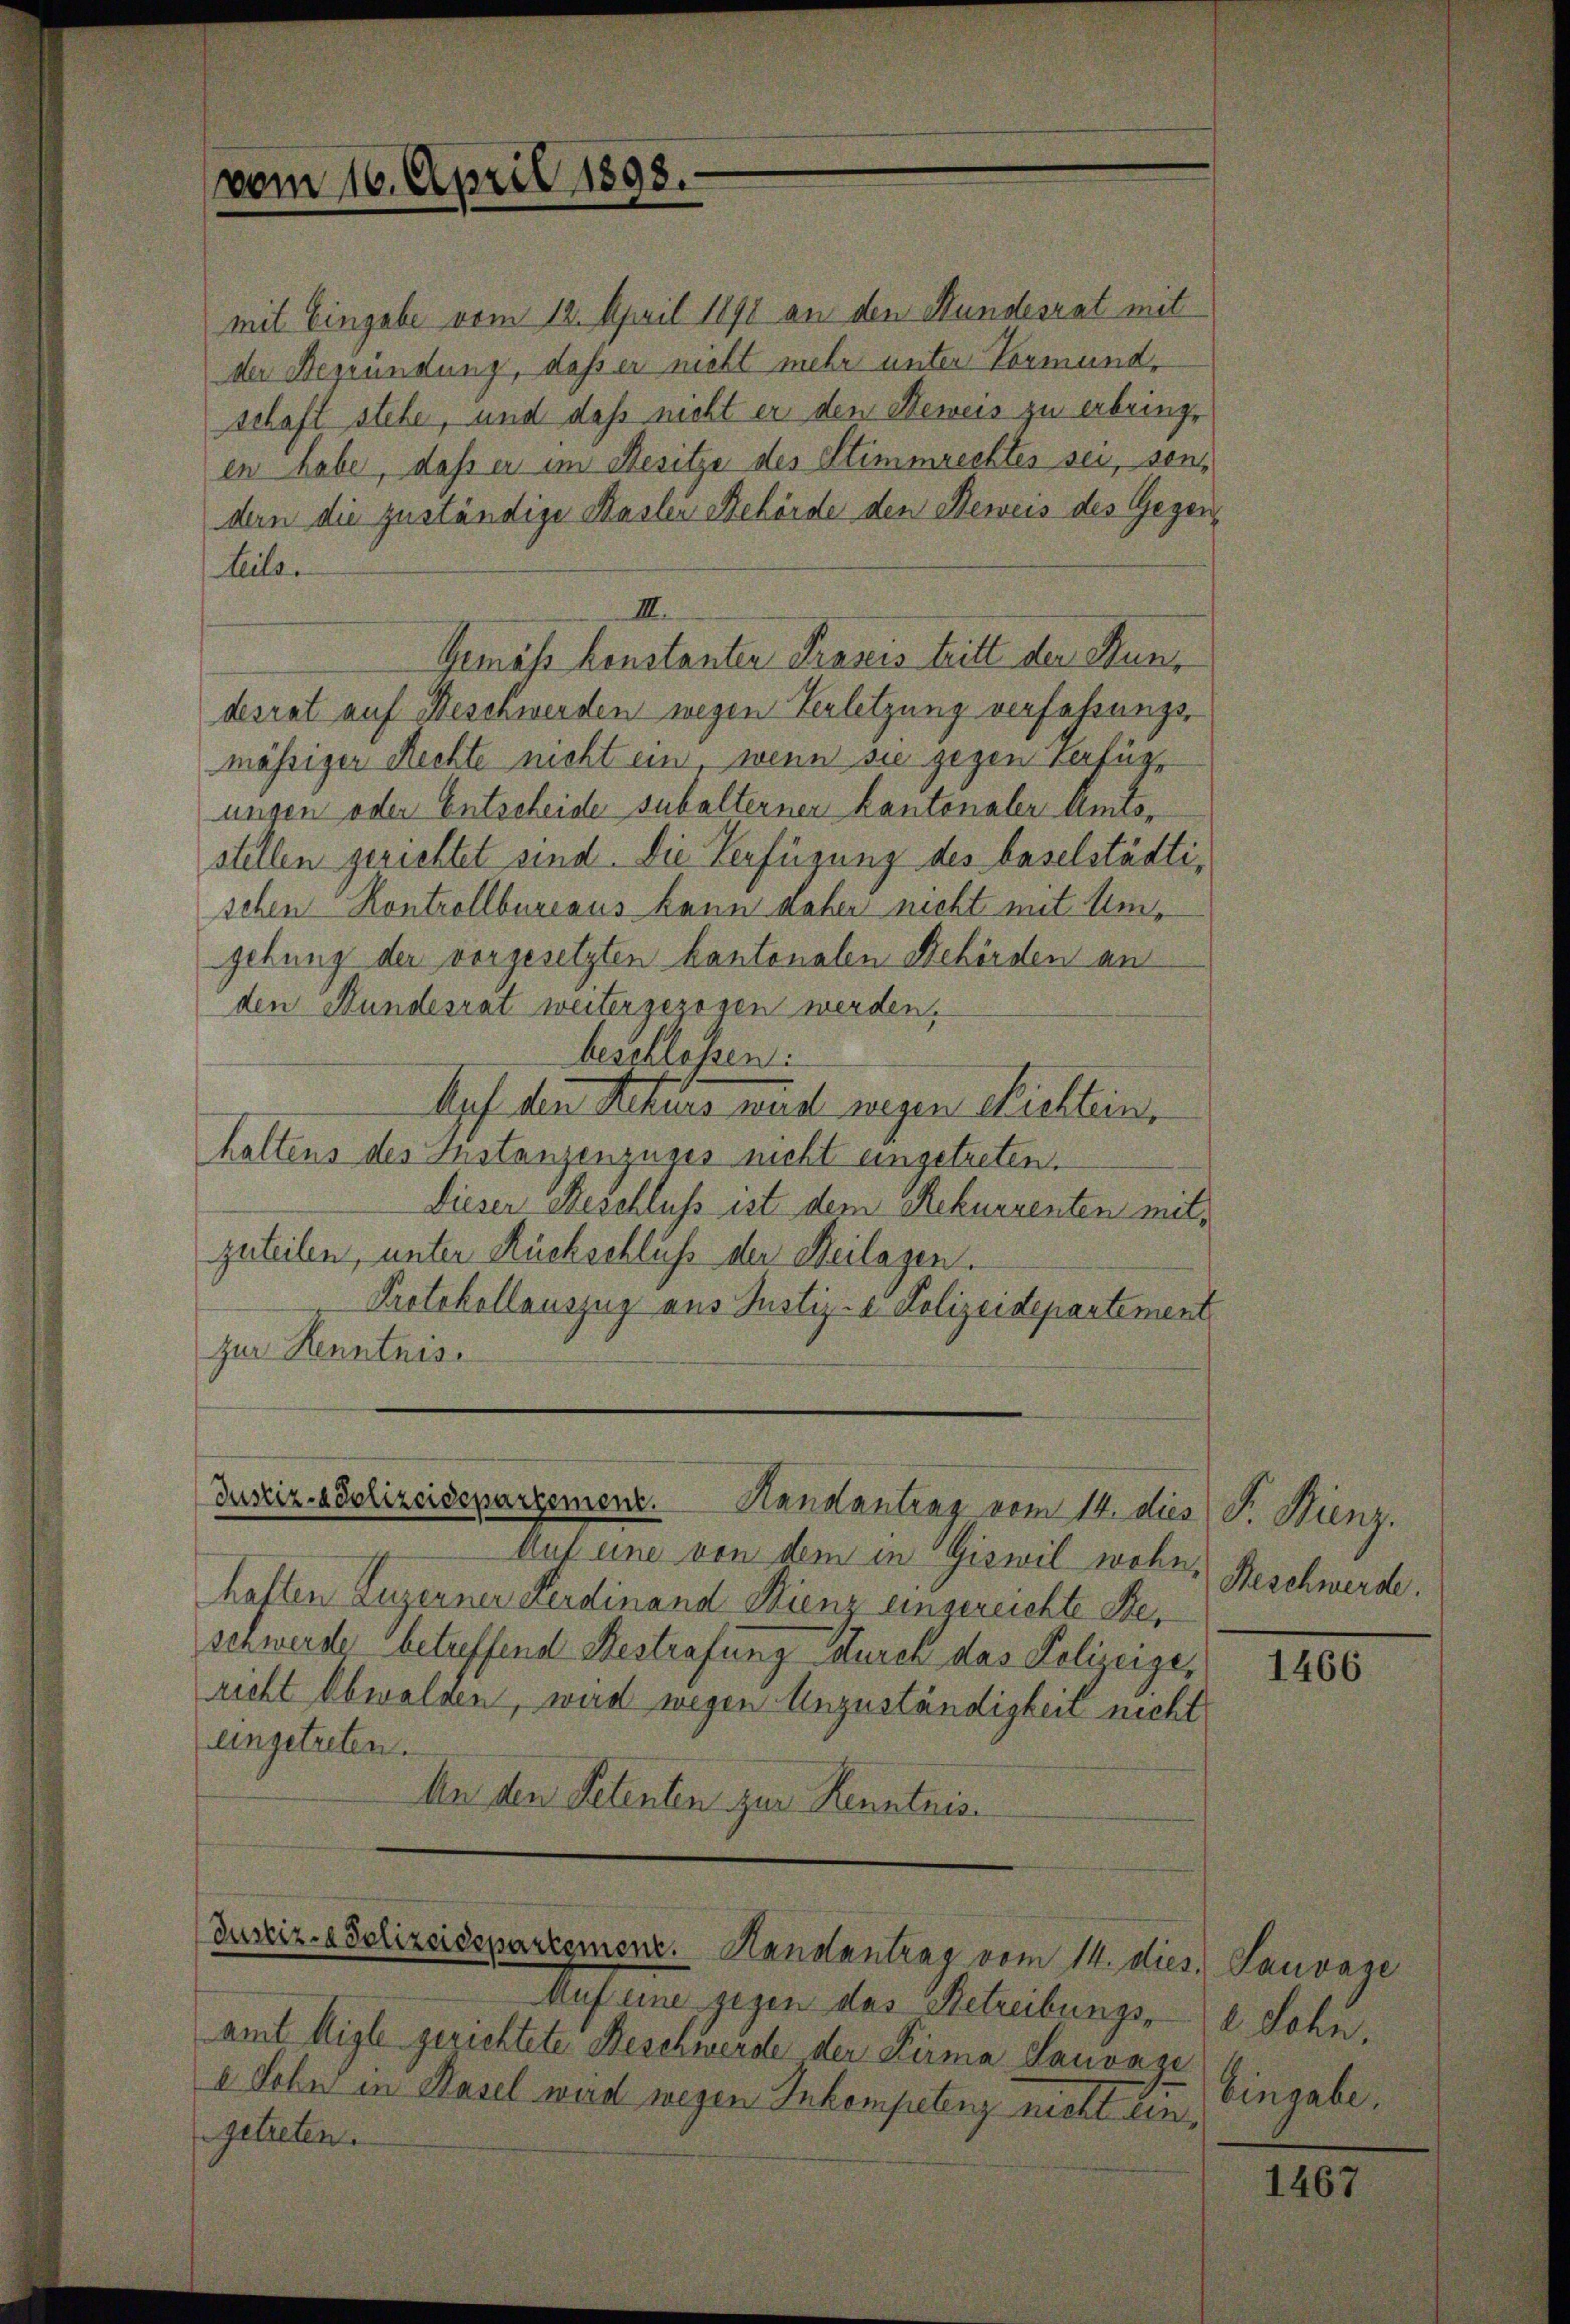
vom 16. April 1898.

mit Eingabe vom 12. April 1898 an den Hundesrat mit
der Begründung, daß er nicht mehr unter Vormund,
schaft stehe, und dass nicht er den Beweis zu erbringe
en habe, daß er im Besitze des Stimmrechtes sei, sondern die zuständige Hasler Behörde den Beweis des Gegen¬
Leiter
III.
Gemäss konstanter Praxis tritt der Kundesrat auf Beschwerden wegen Verletzung verfahrungsmässiger Rechte nicht ein, wenn sie gegen Verfüge
ungen oder Entscheide subalterner Kantonaler Amtsstellen gerichtet sind. Die Verfügung des baselstädtischen Kontrollbureaus kann daher nicht mit Umgebung der vorgesetzten kantonalen Behörden an
den Hundesrat weiter gezogen werden.
beschlossen:
Apf den Rekurs wurde wegen Richtein,
haltens des Instanzenzuges nicht eingetreten.
Dieser Beschluss ist dem Rekurrenten mitzuteilen, unter Rückschluß der Heilagen.
Protokollauszug aus Justiz- & Polizeidepartement
zur Kenntnis

Justiz-Polizeidepartement. Handantrag vom 14. dies

Auf eine von dem in Giswil wohne
hatten Luzerner Ferdinand Kienz eingereichte Beschwerde betreffend Bestrafung durch das Polizeizericht Obwalden, wird wegen Unzuständigkeit nicht
eingetreten.
An den Petenten zur Kenntnis¬

Dustiz- & Polizeispartemenz. Handantrag vom 14. dies. Pauvage

Auf eine gegen das Betreibungs-
amt Aigle gerichtete Beschwerde der Firma Sauvaze
a Sohn in Hasel wird wegen Inkompetenz nicht ein
getreten.

F. Minz.
Beschwerde.

1466

e Sohn,
Eingabe.

1467